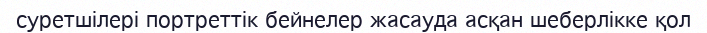
суретшілері портреттік бейнелер жасауда асқан шеберлікке қол